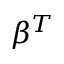
\beta ^ { T }